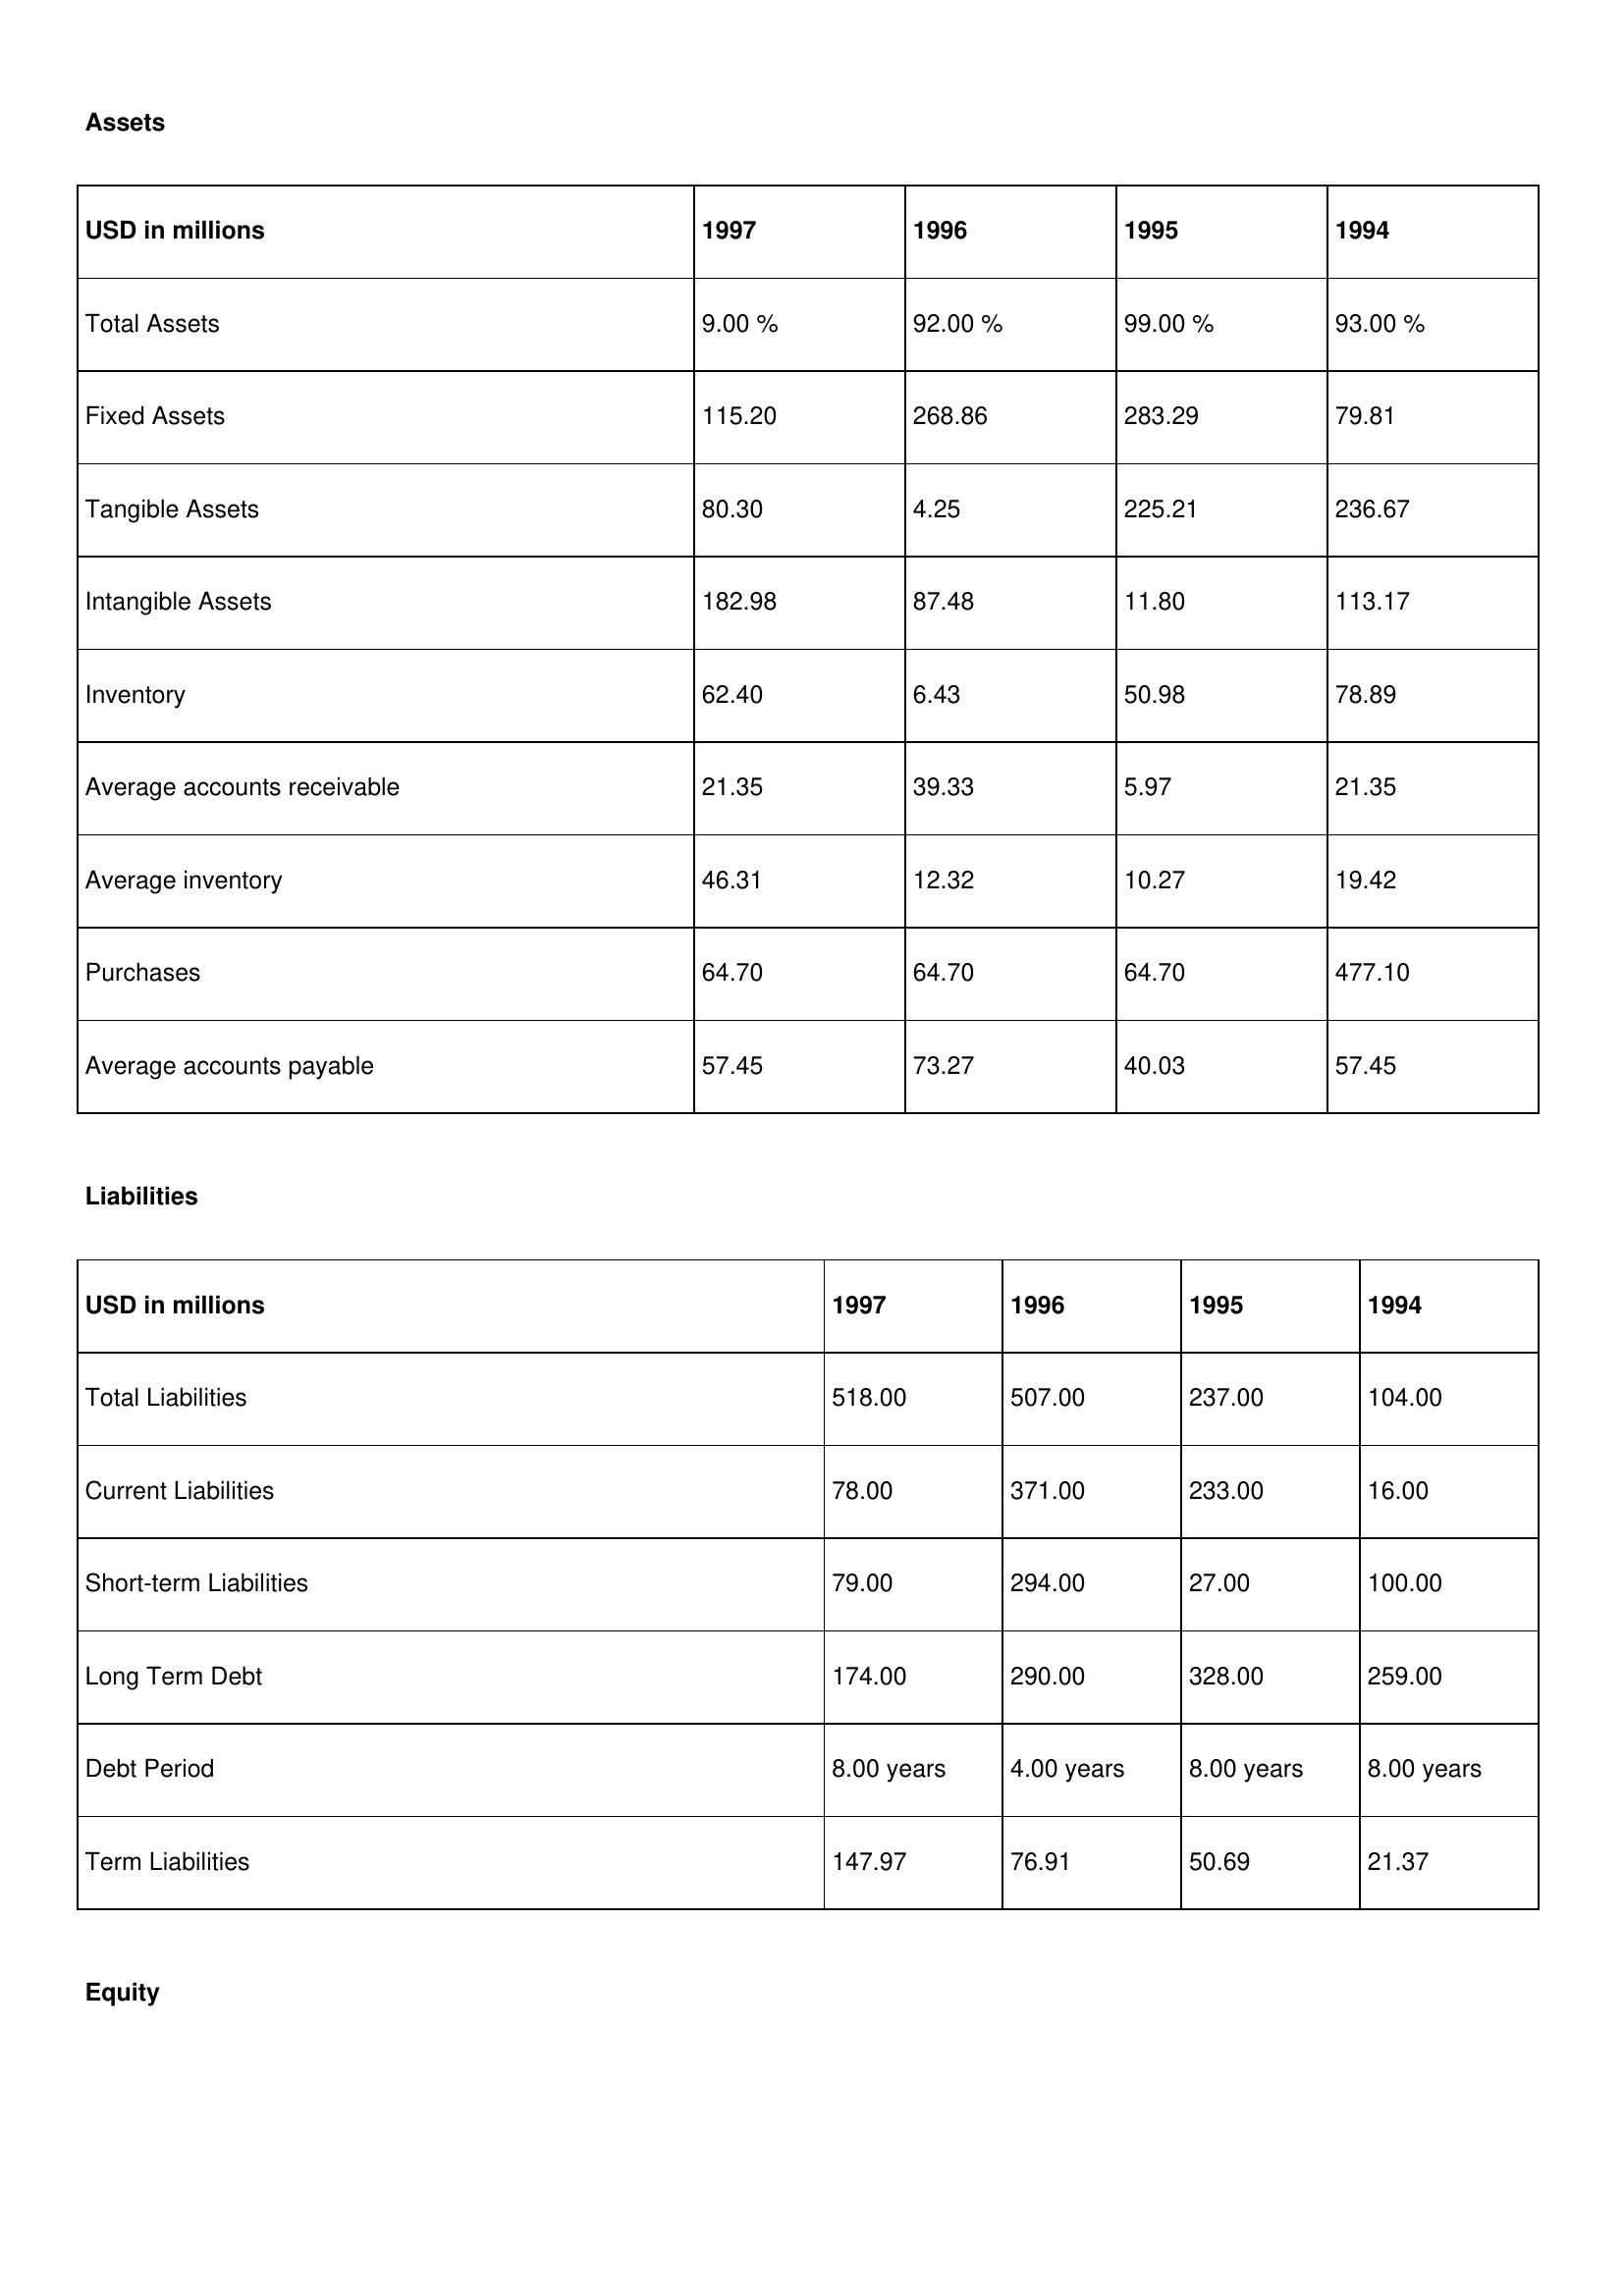
gt_parse: 1997: Assets: Total Assets: 9.00 %
Fixed Assets: 115.20
Tangible Assets: 80.30
Intangible Assets: 182.98
Inventory: 62.40
Average accounts receivable: 21.35
Average inventory: 46.31
Purchases: 64.70
Average accounts payable: 57.45
Liabilities: Total Liabilities: 518.00
Current Liabilities: 78.00
Short-term Liabilities: 79.00
Long Term Debt: 174.00
Debt Period: 8.00 years
Term Liabilities: 147.97
Equity: Common Stock: 295.32
Treasury Stock: 20.40
Other Comprehensive Income: 82.90
Total Equity: 66.00 %
Issued Capital: 30.00
Paid-up Capital: 47.36
Additional Paid-In Capital: 80.19
General Reserves: 17.95
Credit Balance: 1.83
Retained Earnings: 305.81
1996: Assets: Total Assets: 92.00 %
Fixed Assets: 268.86
Tangible Assets: 4.25
Intangible Assets: 87.48
Inventory: 6.43
Average accounts receivable: 39.33
Average inventory: 12.32
Purchases: 64.70
Average accounts payable: 73.27
Liabilities: Total Liabilities: 507.00
Current Liabilities: 371.00
Short-term Liabilities: 294.00
Long Term Debt: 290.00
Debt Period: 4.00 years
Term Liabilities: 76.91
Equity: Common Stock: 244.29
Treasury Stock: 6.77
Other Comprehensive Income: 2.85
Total Equity: 46.00 %
Issued Capital: 18.00
Paid-up Capital: 50.56
Additional Paid-In Capital: 13.09
General Reserves: 63.25
Credit Balance: 16.48
Retained Earnings: 349.10
1995: Assets: Total Assets: 99.00 %
Fixed Assets: 283.29
Tangible Assets: 225.21
Intangible Assets: 11.80
Inventory: 50.98
Average accounts receivable: 5.97
Average inventory: 10.27
Purchases: 64.70
Average accounts payable: 40.03
Liabilities: Total Liabilities: 237.00
Current Liabilities: 233.00
Short-term Liabilities: 27.00
Long Term Debt: 328.00
Debt Period: 8.00 years
Term Liabilities: 50.69
Equity: Common Stock: 244.29
Treasury Stock: 31.89
Other Comprehensive Income: 75.94
Total Equity: 43.00 %
Issued Capital: 359.00
Paid-up Capital: 6.48
Additional Paid-In Capital: 80.19
General Reserves: 68.81
Credit Balance: 25.87
Retained Earnings: 349.10
1994: Assets: Total Assets: 93.00 %
Fixed Assets: 79.81
Tangible Assets: 236.67
Intangible Assets: 113.17
Inventory: 78.89
Average accounts receivable: 21.35
Average inventory: 19.42
Purchases: 477.10
Average accounts payable: 57.45
Liabilities: Total Liabilities: 104.00
Current Liabilities: 16.00
Short-term Liabilities: 100.00
Long Term Debt: 259.00
Debt Period: 8.00 years
Term Liabilities: 21.37
Equity: Common Stock: 96.78
Treasury Stock: 15.20
Other Comprehensive Income: 98.81
Total Equity: 45.00 %
Issued Capital: 30.00
Paid-up Capital: 53.61
Additional Paid-In Capital: 84.93
General Reserves: 147.01
Credit Balance: 15.27
Retained Earnings: 305.81